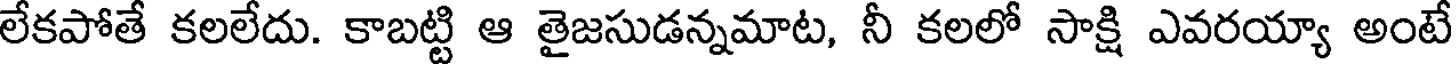
లేకపోతే కలలేదు. కాబట్టి ఆ తైజసుడన్నమాట, నీ కలలో సాక్షి ఎవరయ్యా అంటే